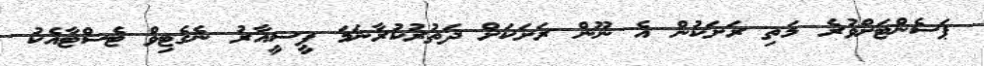
ޕަސެންޓަށްވުރެ މަތި ރަަށަކުން އެ ނޫން ރަށަކަށް ދަތުރުކުރާނަމަ ޕީސީއާރު ނެގެޓިވް ޓެސްޓާއެކު